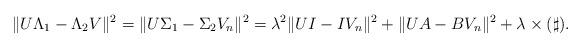
LaTeX: \begin{align*}\|U \Lambda_1 -\Lambda_2 V \|^2=\|U \Sigma_1 -\Sigma_2 V_n \|^2=\lambda^2\|U I- IV_n \|^2+ \|UA-B V_n\|^2 + \lambda \times (\sharp).\end{align*}